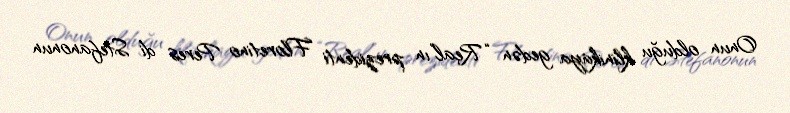
Onun olduğu klinikaya gedən “Real”ın prezidenti Floretino Peres di Stefanonun